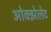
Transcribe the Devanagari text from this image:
ओक्झेलेट